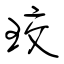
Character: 珓